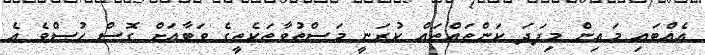
އެއްބައި މައިން މިފަދަ ކަންތައްތައް ކުރަނީ މަސްތުވާތަކެތީގެ ވަބާއަށް ގޮސް ހުސްވެ އެ